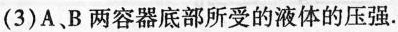
(3)A、B两容器底部所受的液体的压强.